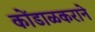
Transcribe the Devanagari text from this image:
कोंडाळकराने